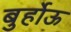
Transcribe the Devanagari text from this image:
बुर्होऊ